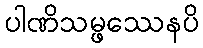
ပါဏိသမ္ဖဿေနပိ